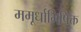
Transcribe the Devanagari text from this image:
ममूर्धाभिषिक्त